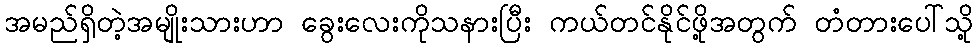
အမည်ရှိတဲ့အမျိုးသားဟာ ခွေးလေးကိုသနားပြီး ကယ်တင်နိုင်ဖို့အတွက် တံတားပေါ်သို့